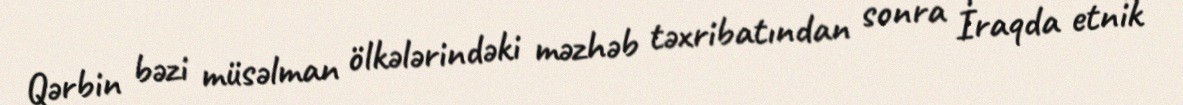
Qərbin bəzi müsəlman ölkələrindəki məzhəb təxribatından sonra İraqda etnik